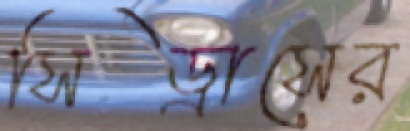
সিড্রাসের